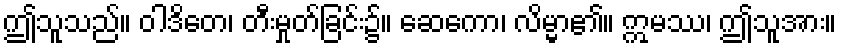
ဤသူသည်။ ဝါဒိတေ၊ တီးမှုတ်ခြင်း၌။ ဆေကော၊ လိမ္မာ၏။ ဣမဿ၊ ဤသူအား။